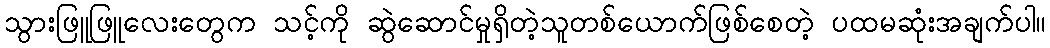
သွားဖြူဖြူလေးတွေက သင့်ကို ဆွဲဆောင်မှုရှိတဲ့သူတစ်ယောက်ဖြစ်စေတဲ့ ပထမဆုံးအချက်ပါ။